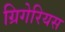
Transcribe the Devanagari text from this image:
ग्रिगेरियस